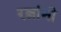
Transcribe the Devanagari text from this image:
रत्नांनी